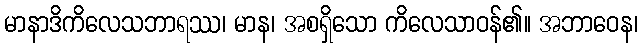
မာနာဒိကိလေသဘာရဿ၊ မာန၊ အစရှိသော ကိလေသာဝန်၏။ အဘာဝေန၊